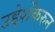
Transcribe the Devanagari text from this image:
उद्देशेंकरुन